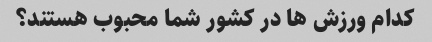
کدام ورزش ها در کشور شما محبوب هستند؟